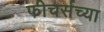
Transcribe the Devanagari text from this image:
फीचर्सच्या